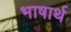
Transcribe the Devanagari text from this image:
भाषार्थ